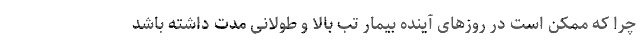
چرا که ممکن است در روزهای آینده بیمار تب بالا و طولانی مدت داشته باشد